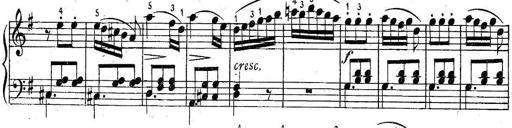
Title: 6 Easy Sonatinas
Composer: Carl Czerny